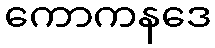
ကောကနဒေ